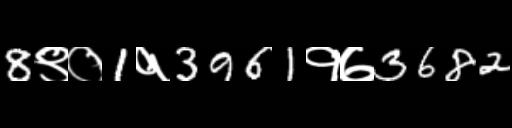
Text: 8९०1१3961१७3682